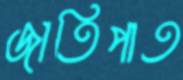
জাতিপাত